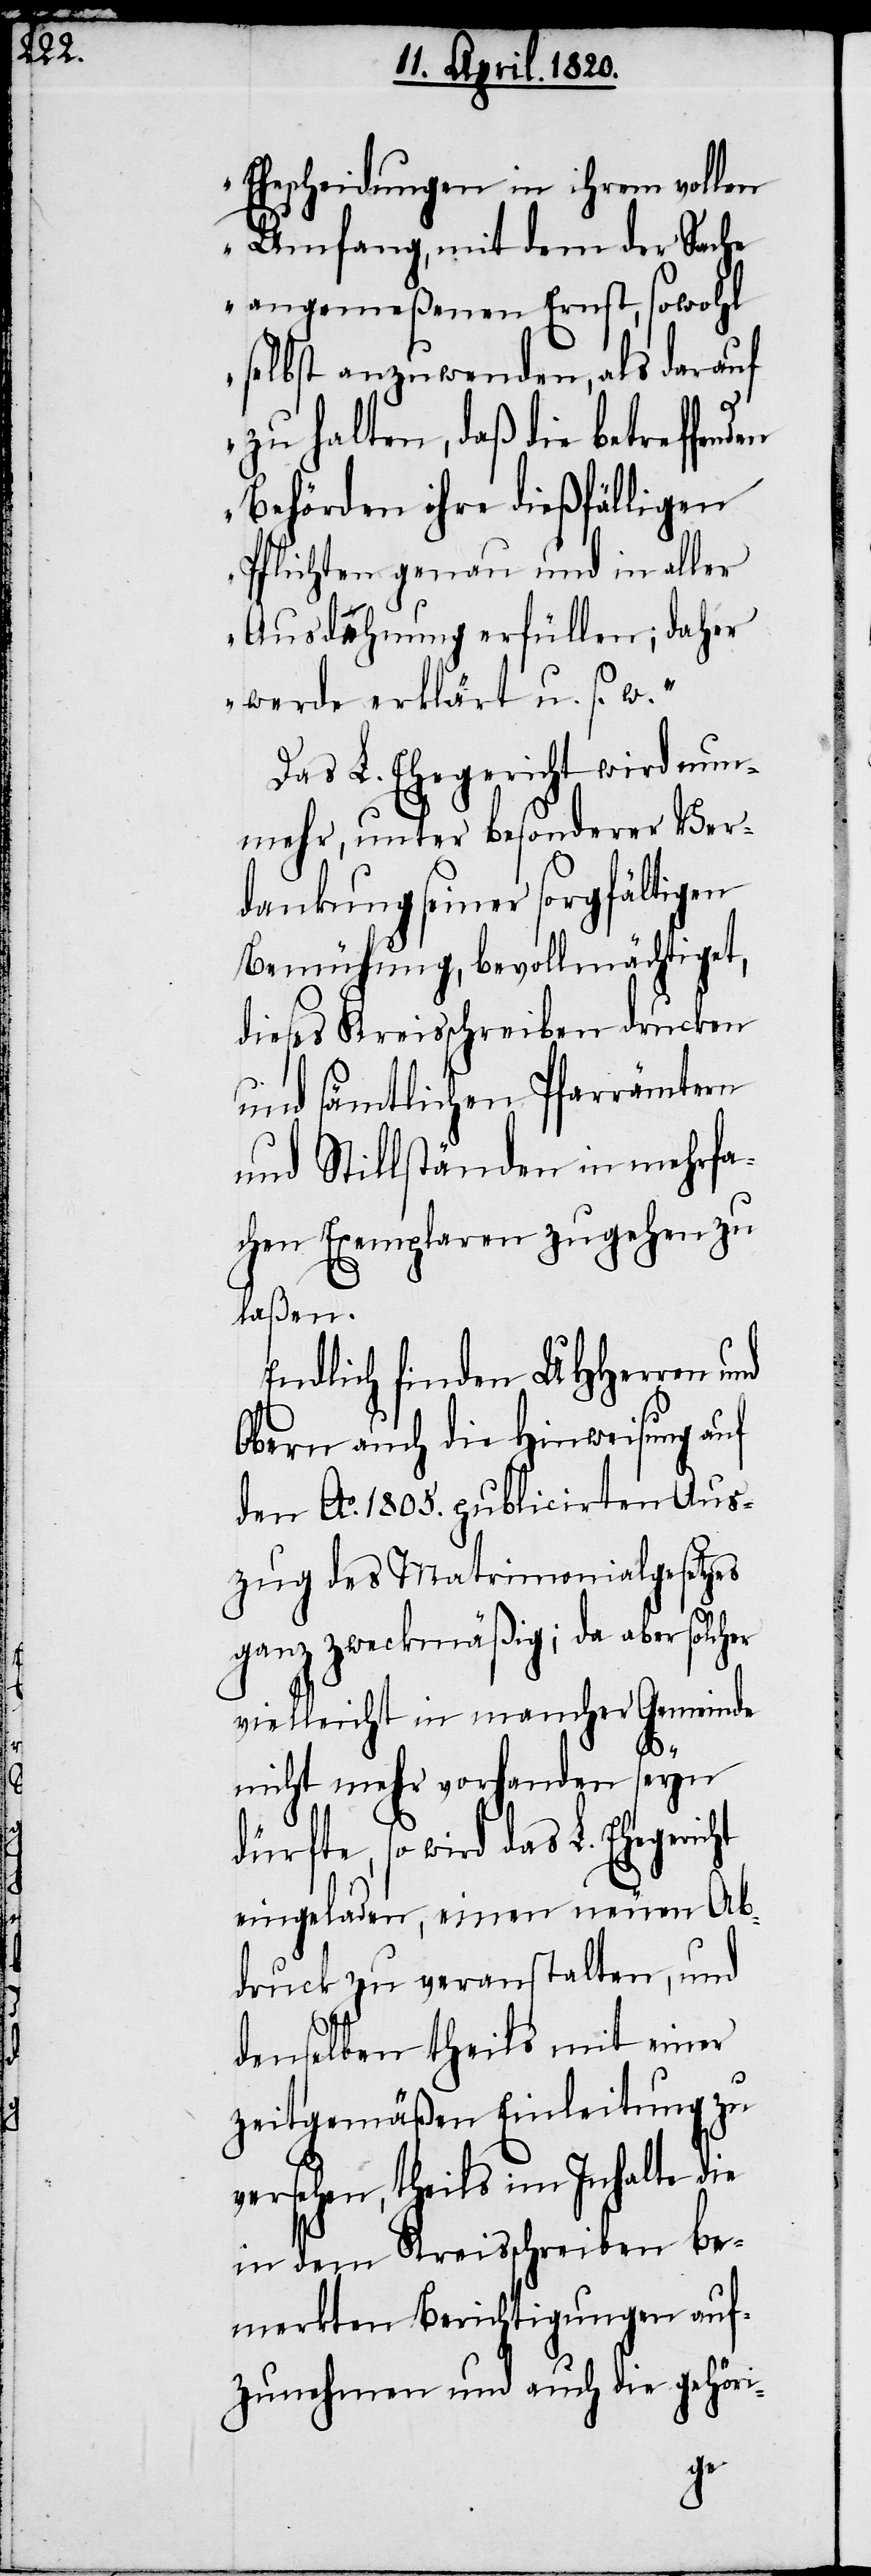
Ehescheidungen in ihrem vollen
Umfang, mit dem der Sache
angemeßenen Ernst, sowohl
selbst anzuwenden, als darauf
zu halten, daß die betreffenden
Behörden ihre dießfälligen
Pflichten genau und in aller
Ausdehnung erfüllen; daher
werde erklärt u. s. w.“
Das L. Ehegericht wird nun¬
mehr, unter besonderer Ver¬
dankung seiner sorgfältigen
Bemühung, bevollmächtigt,
dieses Kreisschreiben drucken
und sämtlichen Pfarrämtern
und Stillständen in mehrfa¬
chen Exemplaren zugehen zu
laßen.
Endlich finden UHHerren und
Obern auch die Hinweisung auf
den Ao. 1805. publicirten Aus¬
zug des Matrimonialgesetzes
ganz zweckmäßig; da aber solch¬
vielleicht in mancher Gemeinde
nicht mehr vorhanden seyn
dürfte, so wird das L.
eingeladen, einen neuen Ab¬
druck zu veranstalten, und
denselben theils mit einer
zeitgemäßen Einleitung zu
versehen, theils im Inhalte die
in dem Kreisschreiben be¬
merkten Berichtigungen auf¬
zunehmen und auch die gehöri-
er